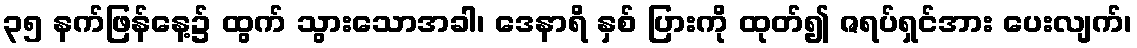
၃၅ နက်ဖြန်နေ့၌ ထွက် သွားသောအခါ၊ ဒေနာရိ နှစ် ပြားကို ထုတ်၍ ဇရပ်ရှင်အား ပေးလျက်၊